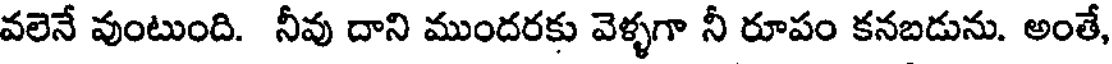
వలెనే వుంటుంది. నీవు దాని ముందరకు వెళ్ళగా నీ రూపం కనబడును. అంతే,